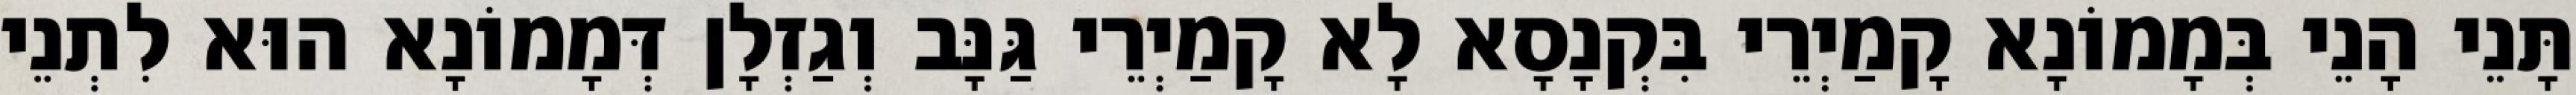
תָּנֵי הָנֵי בְּמָמוֹנָא קָמַיְרֵי בִּקְנָסָא לָא קָמַיְרֵי גַּנָּב וְגַזְלָן דְּמָמוֹנָא הוּא לִתְנֵי